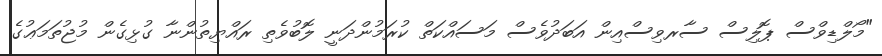
"މޯލްޑިވްސް ޕޮލިސް ސާރވިސްއިން އަބަދުވެސް މަސައްކަތް ކުރަމުންދަނީ ލޮބުވެތި ރައްޔިތުންނާ ގުޅިގެން މުޖުތަމަޢުގެ